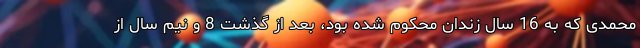
محمدی که به 16 سال زندان محکوم شده بود، بعد از گذشت 8 و نیم سال از